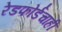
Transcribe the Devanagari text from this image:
रेडफोर्डचाही